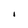
Character: I